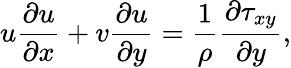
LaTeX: u\frac{\partial u}{\partial x}+v\frac{\partial u}{\partial y}=\frac{1}{\rho}\frac{\partial\tau_{xy}}{\partial y},